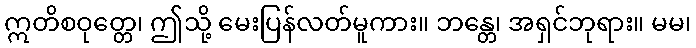
ဣတိစဝုတ္တေ၊ ဤသို့ မေးပြန်လတ်မူကား။ ဘန္တေ၊ အရှင်ဘုရား။ မမ၊